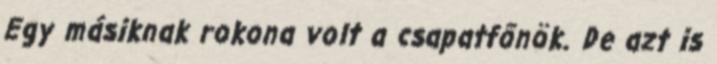
Egy másiknak rokona volt a csapatfőnök. De azt is